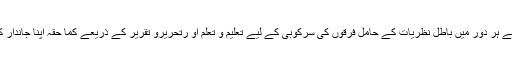
علمائے اہل حق نے ہر دور میں باطل نظریات کے حامل فرقوں کی سرکوبی کے لیے تعلیم و تعلم او رتحریرو تقریر کے ذریعے کما حقہ اپنا جاندار کردار ادا کیا ہے ۔